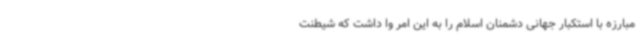
مبارزه با استکبار جهانی دشمنان اسلام را به این امر وا داشت که شیطنت